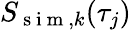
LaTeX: S_{\mathrm{~s~i~m~},k}(\tau_{j})